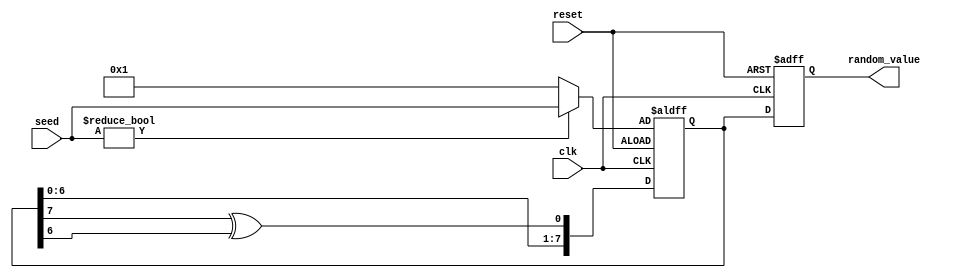
module random_initialization #(
    parameter WIDTH = 8  // Parameter to define the bit-width of random_value
)(
    input wire clk,
    input wire reset,
    input wire [WIDTH-1:0] seed,  // Optional seed input
    output reg [WIDTH-1:0] random_value
);

    // Internal register to hold the state of the LFSR
    reg [WIDTH-1:0] lfsr;

    // LFSR polynomial can be tuned as needed
    wire lfsr_feedback = lfsr[WIDTH-1] ^ lfsr[WIDTH-2]; // Example feedback polynomial

    // Initialization state
    initial begin
        random_value = 0;
        lfsr = 0;
    end

    always @(posedge clk or posedge reset) begin
        if (reset) begin
            // On reset, initialize the lfsr based on seed or set to a default value
            lfsr <= seed != 0 ? seed : 8'b1; // Avoid all zeros for LFSR
            random_value <= 0; // Default value
        end else begin
            // Perform LFSR shift and feedback operation
            lfsr <= {lfsr[WIDTH-2:0], lfsr_feedback};
            random_value <= lfsr; // Update the random_value output
        end
    end

endmodule